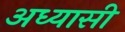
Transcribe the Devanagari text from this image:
अध्यासी